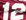
12